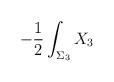
LaTeX: \begin{align*}-{{1}\over{2}}\int_{\Sigma_3}X_{3}\end{align*}